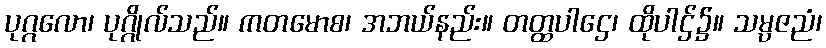
ပုဂ္ဂလော၊ ပုဂ္ဂိုလ်သည်။ ကတမောစ၊ အဘယ်နည်း။ တတ္ထပါဌေ၊ ထိုပါဌ်၌။ သမ္ပဇညံ၊